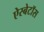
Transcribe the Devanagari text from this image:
ऐस्बेटॉस